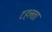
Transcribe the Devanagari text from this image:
टहलता